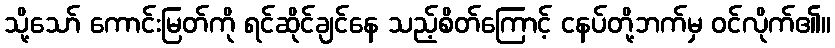
သို့သော် ကောင်းမြတ်ကို ရင်ဆိုင်ချင်နေ သည့်စိတ်ကြောင့် ငနပ်တို့ဘက်မှ ဝင်လိုက်၏။